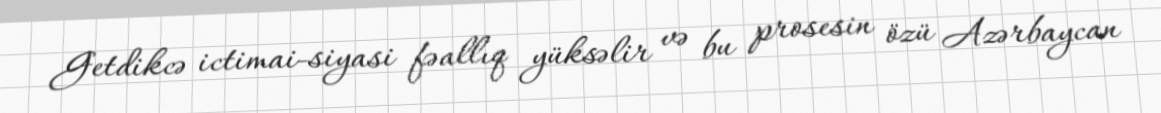
Getdikcə ictimai-siyasi fəallıq yüksəlir və bu prosesin özü Azərbaycan